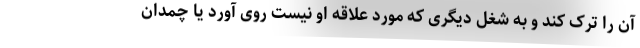
آن را ترک کند و به شغل دیگری که مورد علاقه او نیست روی آورد یا چمدان